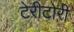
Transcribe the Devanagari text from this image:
टेरीटोरी